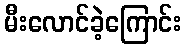
မီးလောင်ခဲ့ကြောင်း